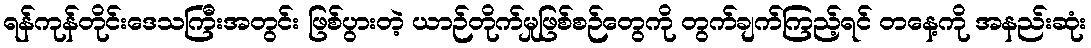
ရန်ကုန်တိုင်းဒေသကြီးအတွင်း ဖြစ်ပွားတဲ့ ယာဉ်တိုက်မှုဖြစ်စဉ်တွေကို တွက်ချက်ကြည့်ရင် တနေ့ကို အနည်းဆုံး